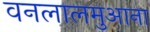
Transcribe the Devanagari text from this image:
वनलालमुआना